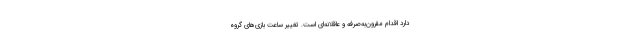
دارد اقدام مقرون‌به‌صرفه و عاقلانه‌ای است. تغییر ساعت بازی‌های گروه